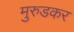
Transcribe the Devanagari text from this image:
मुरुडकर